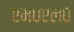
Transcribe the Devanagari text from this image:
एम०एल०